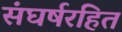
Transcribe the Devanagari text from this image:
संघर्षरहित